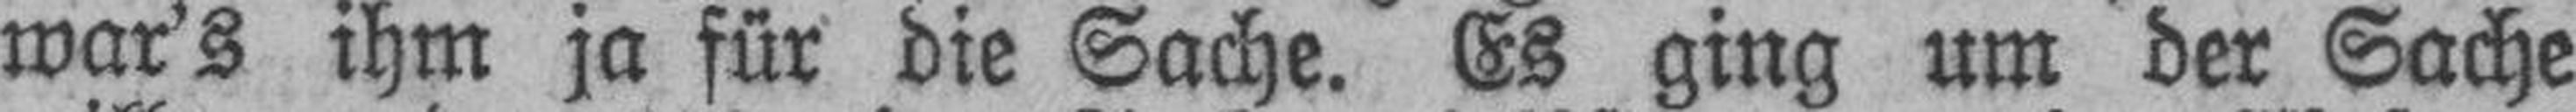
war’s ihm ja für die Sache. Es ging um der Sache